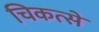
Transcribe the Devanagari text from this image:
चिकत्से